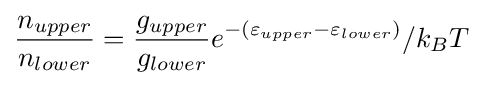
{\frac {n_{upper}}{n_{lower}}}={\frac {g_{upper}}{g_{lower}}}e^{-(\varepsilon _{upper}-\varepsilon _{lower})}/k_{B}T